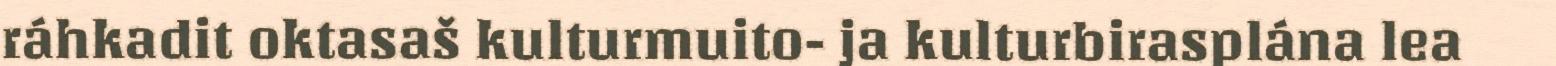
ráhkadit oktasaš kulturmuito- ja kulturbirasplána lea